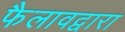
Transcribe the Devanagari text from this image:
फैलावद्वारा